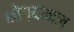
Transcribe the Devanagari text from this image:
भोग्यकाल